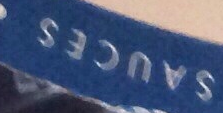
SAUCES